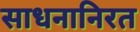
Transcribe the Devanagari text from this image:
साधनानिरत